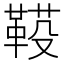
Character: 𩋐